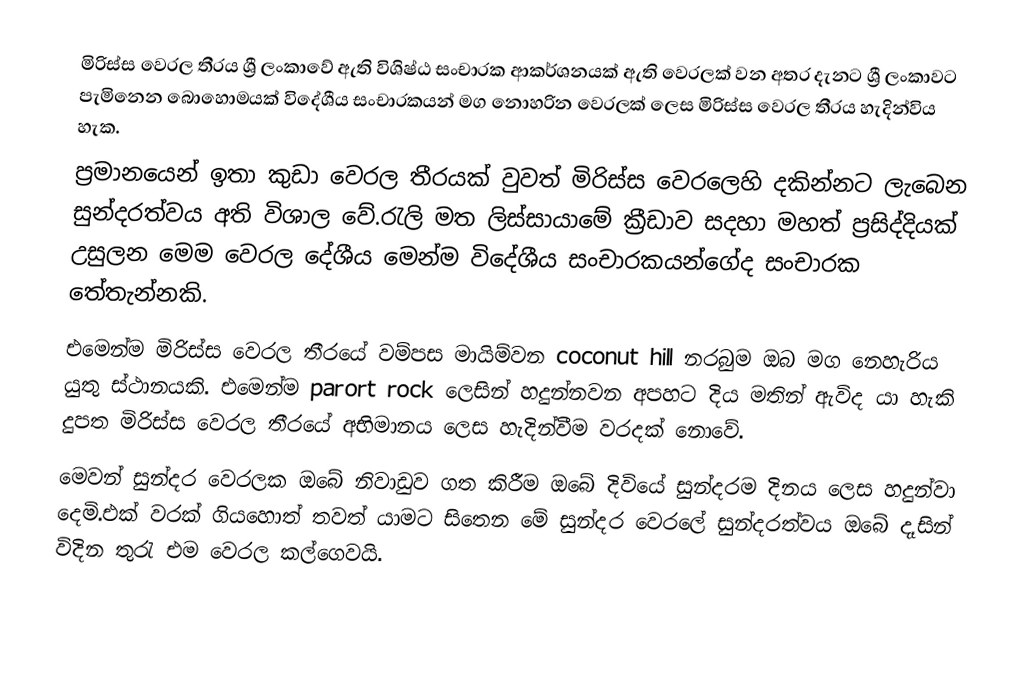
මිරිස්ස වෙරල තීරය ශ්‍රී ලංකාවේ ඇති විශිෂ්ඨ සංචාරක ආකර්ශනයක් ඇති වෙරලක් වන අතර දැනට ශ්‍රී ලංකාවට පැමිනෙන බොහොමයක් විදේශීය සංචාරකයන් මග නොහරින වෙරලක් ලෙස මිරිස්ස වෙරල තීරය හැදින්විය හැක.
    ප්‍රමානයෙන් ඉතා කුඩා වෙරල තීරයක් වුවත් මිරිස්ස වෙරලෙහි දකින්නට ලැබෙන සුන්දරත්වය අති විශාල වේ.රැලි මත ලිස්සායාමේ ක්‍රීඩාව සදහා මහත් ප්‍රසිද්දියක් උසුලන මෙම වෙරල දේශීය මෙන්ම විදේශීය සංචාරකයන්ගේද සංචාරක තේතැන්නකි.
    එමෙන්ම මිරිස්ස වෙරල තීරයේ වම්පස මායිම්වන coconut hill නරබුම ඔබ මග නෙහැරිය යුතු ස්ථානයකි. එමෙන්ම parort rock ලෙසින් හදුන්නවන අපහට දිය මතින් ඇවිද යා හැකි දුපත මිරිස්ස වෙරල තීරයේ අභිමානය ලෙස හැදින්වීම වරදක් නොවේ.
     මෙවන් සුන්දර වෙරලක ඔබේ නිවාඩුව ගත කිරීම ඔබේ දිවියේ සුන්දරම දිනය ලෙස හදුන්වා දෙමි.එක් වරක් ගියහොත් තවත් යාමට සිතෙන මේ සුන්දර වෙරලේ සුන්දරත්වය ඔබේ දෑසින් විදින තුරැ එම වෙරල කල්ගෙවයි.